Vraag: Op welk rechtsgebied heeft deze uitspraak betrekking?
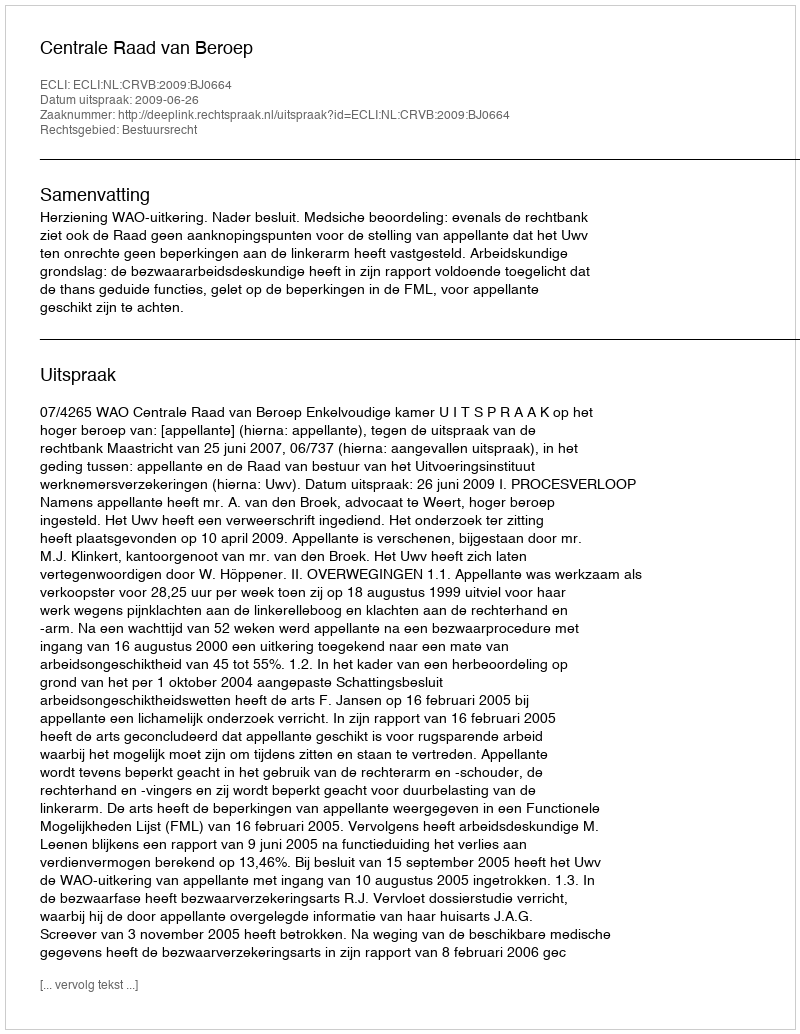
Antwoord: Bestuursrecht